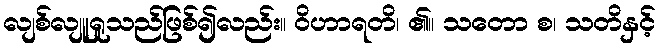
လျစ်လျူရှုသည်ဖြစ်၍လည်း။ ဝိဟာရတိ၊ ၏။ သတော စ၊ သတိနှင့်